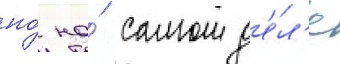
но́ на́ самом д'е́л'е